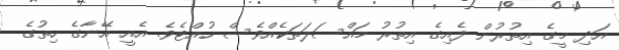
އަދި މީގެ އިތުރުން ފެއިގެ އިތުރު މައްސަލަތަކެއްވެސް ހުއްޓެވެ. އެއީ އޭނާގެ ހިތުގެ